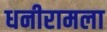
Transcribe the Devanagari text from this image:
धनीरामला